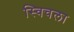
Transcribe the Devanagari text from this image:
स्विचला